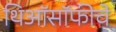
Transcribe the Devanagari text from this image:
थिऑसॉफीचे